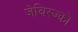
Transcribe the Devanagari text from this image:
जेबिस्ज्को